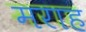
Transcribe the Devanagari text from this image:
मराह